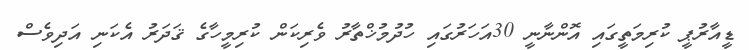
ޑީއާރުޕީ ކުރިމަތީގައި އޮންނާނީ 30އަހަރުގައި ހުދުމުޚްތާރު ވެރިކަން ކުރިމީހާގެ ޤަދަރު އެކަނި އަދިވެސް